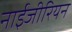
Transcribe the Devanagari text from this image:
नाईजीरियन